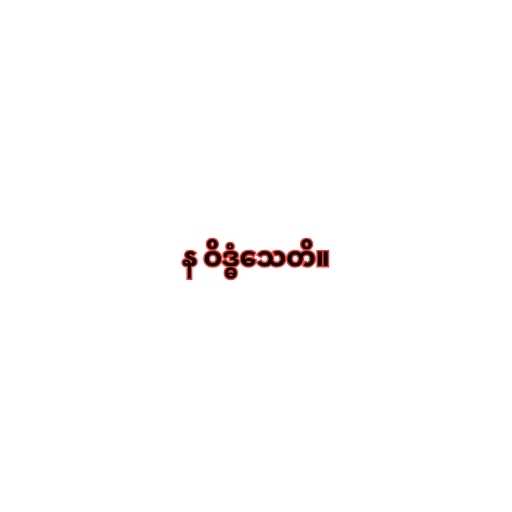
န ဝိဒ္ဓံသေတိ။